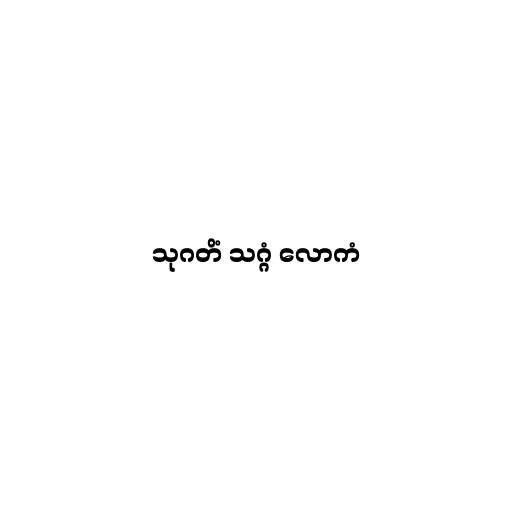
သုဂတိံ သဂ္ဂံ လောကံ